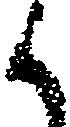
く